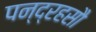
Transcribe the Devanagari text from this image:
पन्द्रहसौ